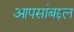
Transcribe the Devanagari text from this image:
आपसांबद्दल